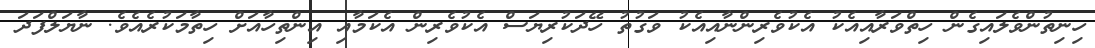
ހިނިތުންވެލައިގެން ހިތްވަރާއިއެކު އެކުވެރިންނާއިއެކު ވަގުތު ހޭދަކުރިޔަސް އެކުވެރިން އެކަމާއި އިންތިހާއަށް ހިތާމަކުރެއެވެ. ނާޔަލްފަދަ